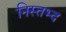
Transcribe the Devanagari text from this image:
निस्तभ्द